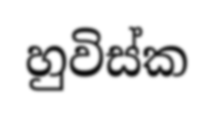
හුවිස්ක